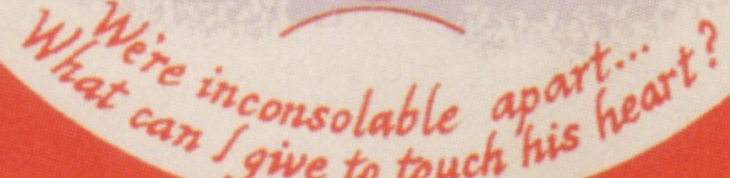
What can I give to touch his heart?